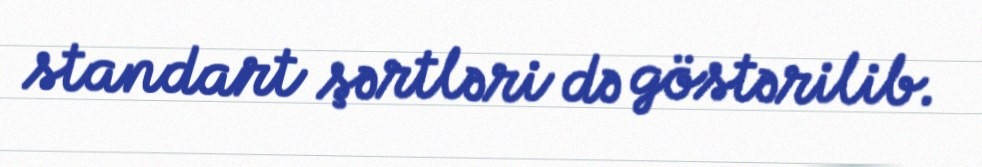
standart şərtləri də göstərilib.